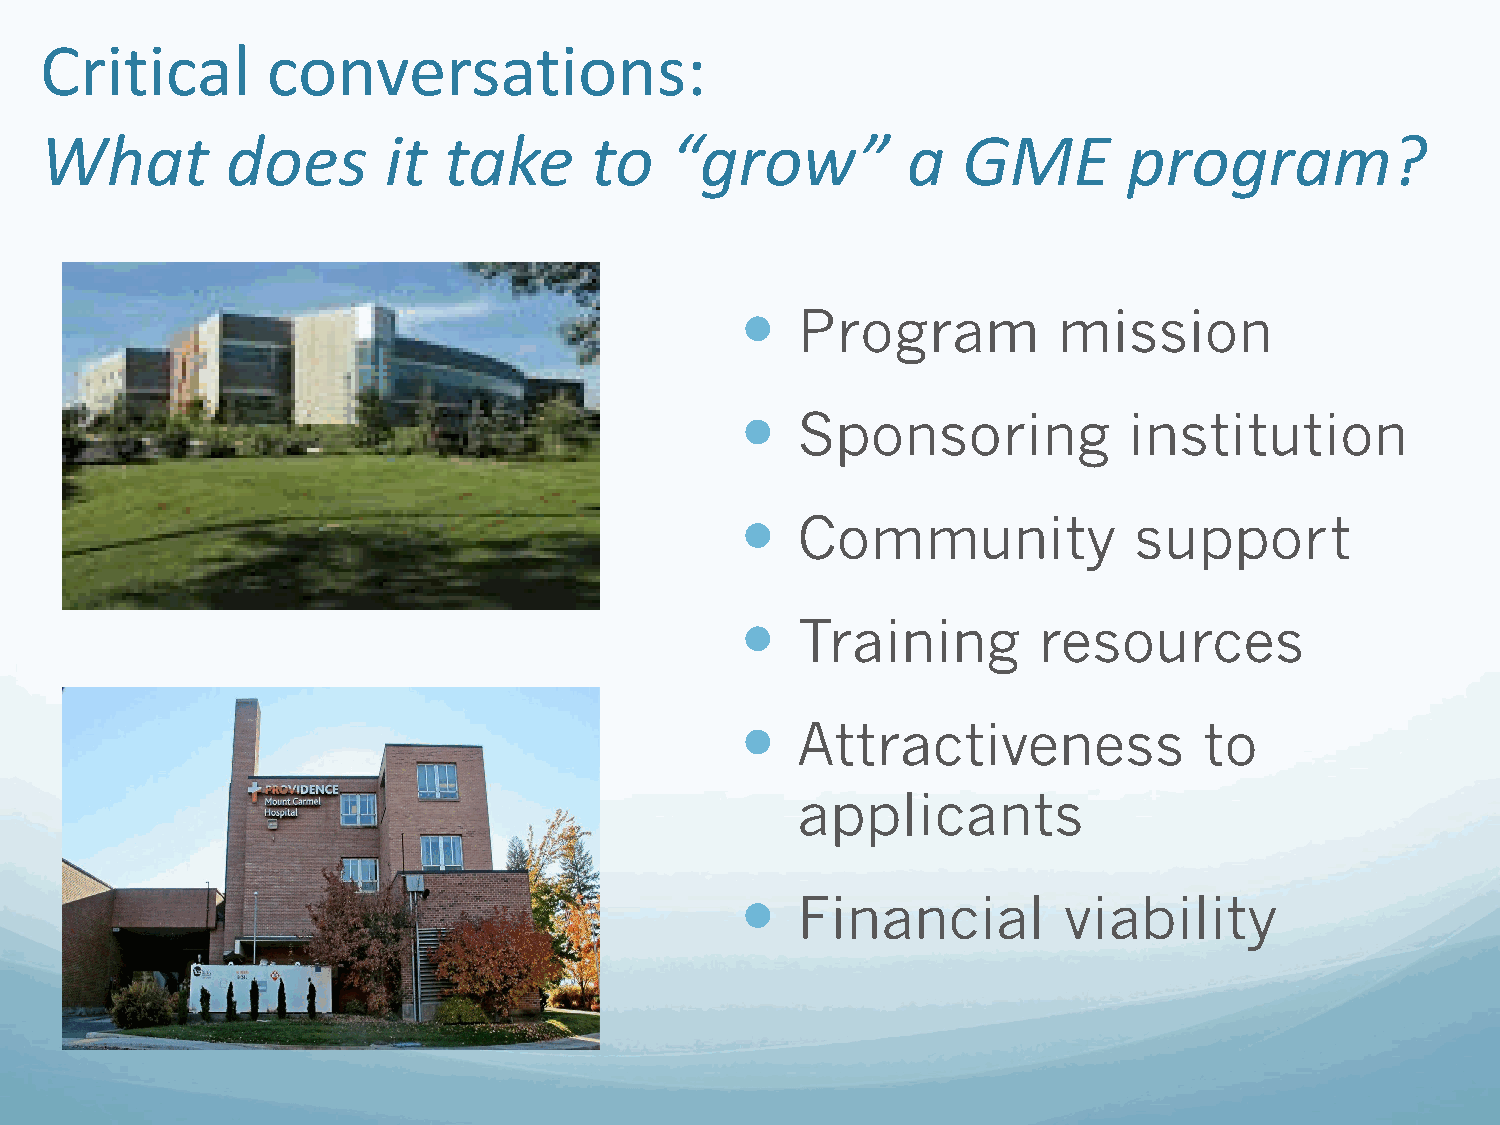
Critical       conversations:
 What        does      it  take      to   “grow”          a   GME        program?
    Program          mission
    Sponsoring            institution
    Community             support
    Training        resources
    Attractiveness             to
 applicants
    Financial        viability